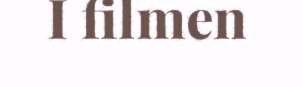
I filmen